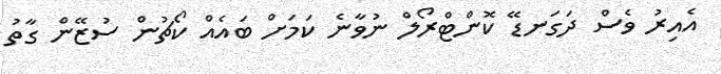
އެއިރު ވެސް ދަގަނޑޭ ކޮންޓްރޯލް ނުވާނެ ކަމަށް ބައެއް ކޯޗުން ސުޒޭން ގާތު